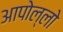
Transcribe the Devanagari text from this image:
आपोल्लो